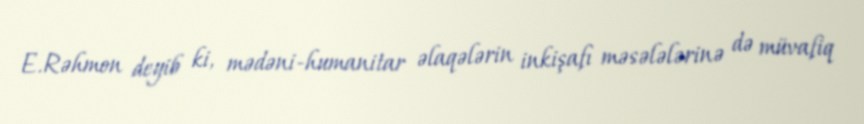
E.Rəhmon deyib ki, mədəni-humanitar əlaqələrin inkişafı məsələlərinə də müvafiq